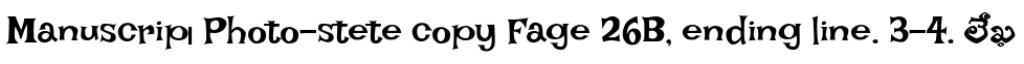
Manuscrip। Photo-stete copy Fage 26B, ending line. 3-4. లేఖ